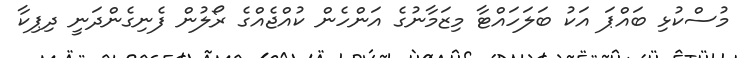
މުސްކުޅި ބައްޕަ އަކު ބަލަހައްޓާ މިޒަމާނުގެ އަންހެން ކުއްޖެއްގެ ރޯލުން ފެނިގެންދަނީ ދިޕިކާ